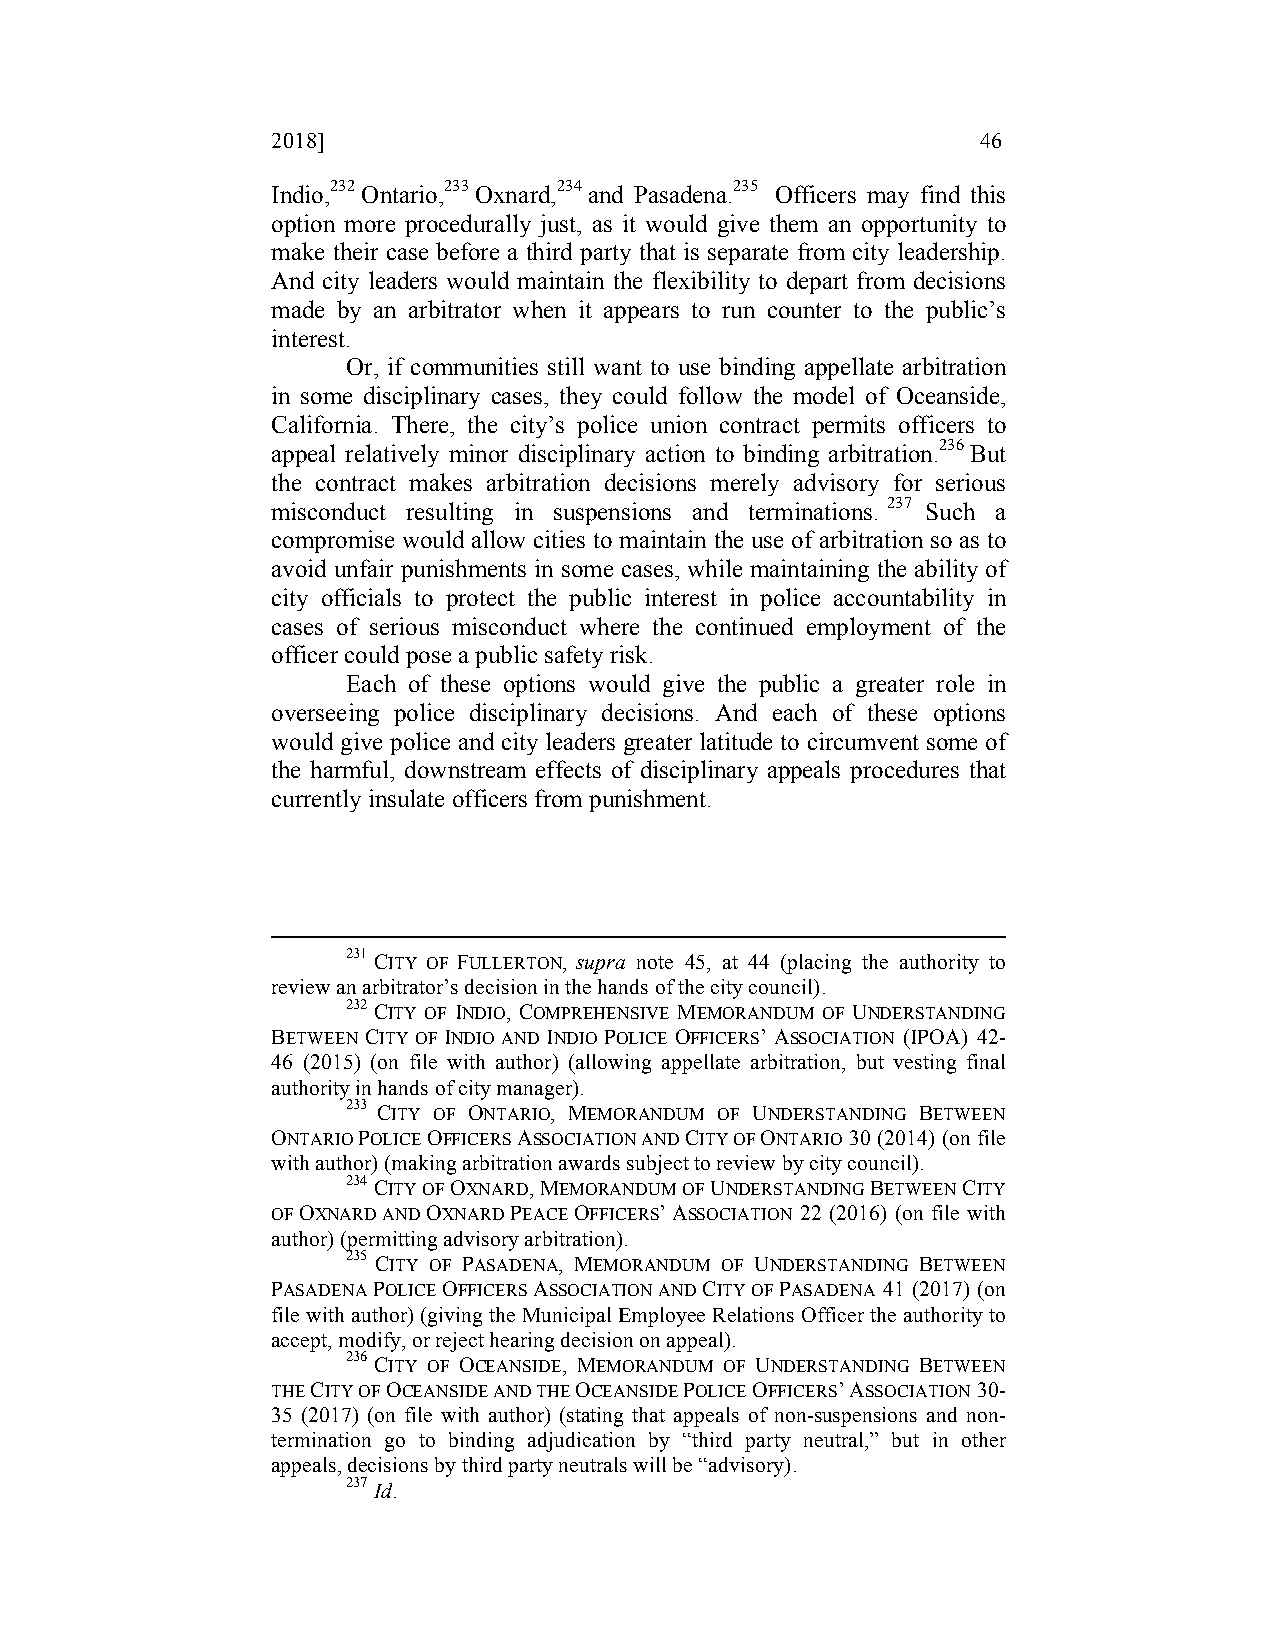
2018]                                          46
 Indio,232 Ontario,233 Oxnard,234 and Pasadena.235 Officers may find this
 option more procedurally just, as it would give them an opportunity to
 make their case before a third party that is separate from city leadership.
 And city leaders would maintain the flexibility to depart from decisions
 made by an arbitrator when it appears to run counter to the public’s
 interest.
 Or, if communities still want to use binding appellate arbitration
 in some disciplinary cases, they could follow the model of Oceanside,
 California. There, the city’s police union contract permits officers to
 appeal relatively minor disciplinary action to binding arbitration.236 But
 the contract makes arbitration decisions merely advisory for serious
 misconduct resulting in suspensions and terminations. 237 Such a
 compromise would allow cities to maintain the use of arbitration so as to
 avoid unfair punishments in some cases, while maintaining the ability of
 city officials to protect the public interest in police accountability in
 cases of serious misconduct where the continued employment of the
 officer could pose a public safety risk.
 Each of these options would give the public a greater role in
 overseeing police disciplinary decisions. And each of these options
 would give police and city leaders greater latitude to circumvent some of
 the harmful, downstream effects of disciplinary appeals procedures that
 currently insulate officers from punishment.
 231 CITY OF FULLERTON, supra note 45, at 44 (placing the authority to
 review an arbitrator’s decision in the hands of the city council).
 232 CITY OF INDIO, COMPREHENSIVE MEMORANDUM OF UNDERSTANDING
 BETWEEN CITY OF INDIO AND INDIO POLICE OFFICERS’ ASSOCIATION (IPOA) 42-
 46 (2015) (on file with author) (allowing appellate arbitration, but vesting final
 authority in hands of city manager).
 233 CITY OF ONTARIO, MEMORANDUM OF UNDERSTANDING BETWEEN
 ONTARIO POLICE OFFICERS ASSOCIATION AND CITY OF ONTARIO 30 (2014) (on file
 with author) (making arbitration awards subject to review by city council).
 234 CITY OF OXNARD, MEMORANDUM OF UNDERSTANDING BETWEEN CITY
 OF OXNARD AND OXNARD PEACE OFFICERS’ ASSOCIATION 22 (2016) (on file with
 author) (permitting advisory arbitration).
 235 CITY OF PASADENA, MEMORANDUM OF UNDERSTANDING BETWEEN
 PASADENA POLICE OFFICERS ASSOCIATION AND CITY OF PASADENA 41 (2017) (on
 file with author) (giving the Municipal Employee Relations Officer the authority to
 accept, modify, or reject hearing decision on appeal).
 236 CITY OF OCEANSIDE, MEMORANDUM OF UNDERSTANDING BETWEEN
 THE CITY OF OCEANSIDE AND THE OCEANSIDE POLICE OFFICERS’ ASSOCIATION 30-
 35 (2017) (on file with author) (stating that appeals of non-suspensions and non-
 termination go to binding adjudication by “third party neutral,” but in other
 appeals, decisions by third party neutrals will be “advisory).
 237 Id.